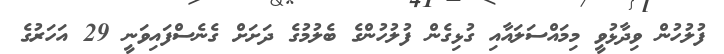
ފުލުހުން ވިދާޅުވީ މިމައްސަލައާއި ގުޅިގެން ފުލުހުންގެ ބެލުމުގެ ދަށަށް ގެނެސްފައިވަނީ 29 އަހަރުގެ